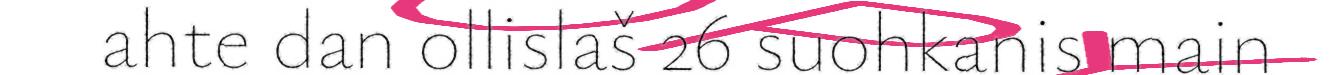
ahte dan ollislaš 26 suohkanis main